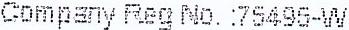
COMPANY REG NO. :75495-W